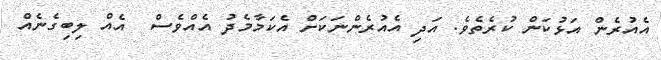
އެއުރެން އަޅުކަން ކުރެތެވެ. އަދި އެއުރެންނަކަށް އެކަމާމެދު އެއްވެސް  އެއް ލިބިގެނެއް